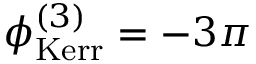
\phi _ { \mathrm { K e r r } } ^ { ( 3 ) } = - 3 \pi